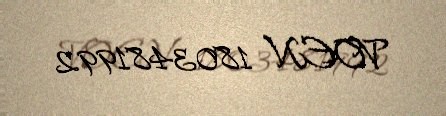
VOEN 1803481992